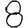
Digit: 8